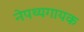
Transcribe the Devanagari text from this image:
नेपथ्यगायक